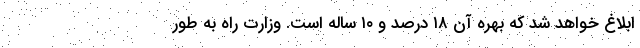
ابلاغ خواهد شد که بهره آن ۱۸ درصد و ۱۰ ساله است. وزارت راه به طور